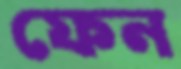
ফেন